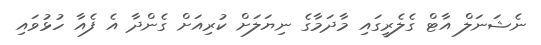
ނެޝަނަލް އާޓް ގެލެރީގައި މާދަމާގެ ނިޔަލަށް ކުރިއަށް ގެންދާ އެ ފެއާ ހުޅުވައި